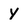
Character: y